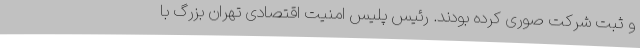
و ثبت شرکت صوری کرده بودند. رئیس پلیس امنیت اقتصادی تهران بزرگ با